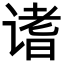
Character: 𬤓